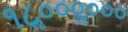
૧૮ૢ૦૦૦ૢ૦૦૦